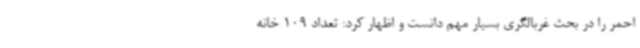
احمر را در بحث غربالگری بسیار مهم دانست و اظهار کرد: تعداد 109 خانه